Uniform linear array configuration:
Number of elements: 48
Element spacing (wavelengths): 0.5
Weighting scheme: binomial
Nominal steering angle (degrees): -60
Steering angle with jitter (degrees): -58.08
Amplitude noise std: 0.05
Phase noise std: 0.05

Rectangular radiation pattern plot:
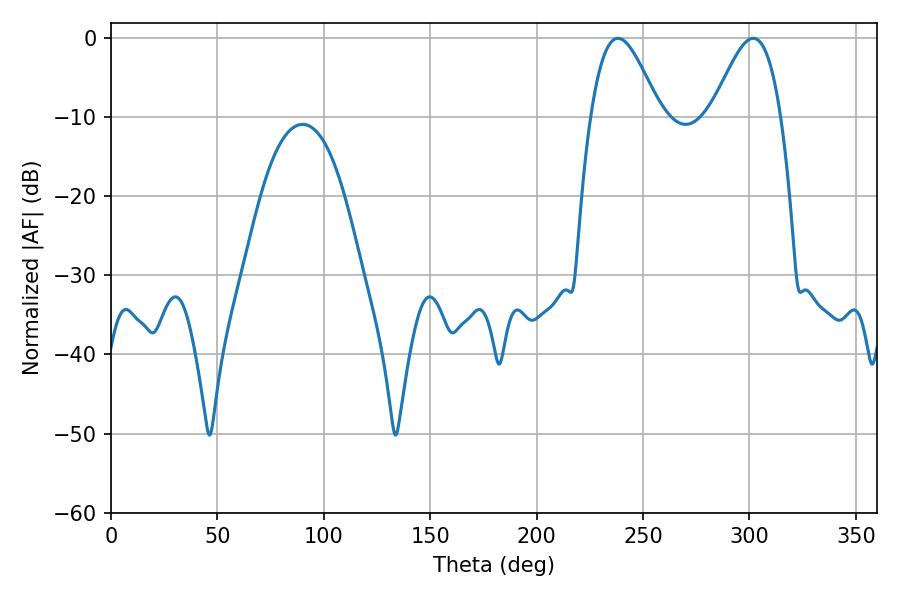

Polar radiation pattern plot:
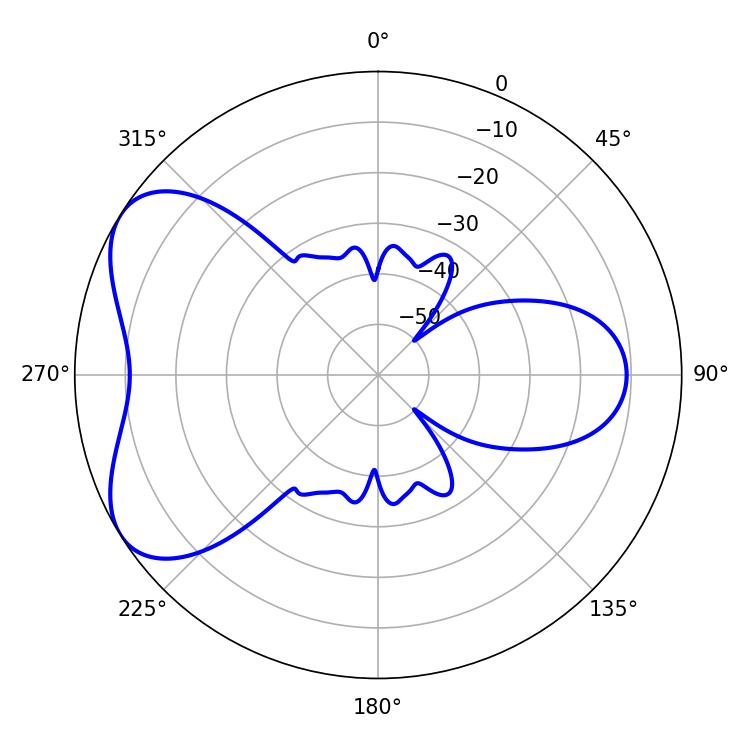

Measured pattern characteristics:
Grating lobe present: FALSE
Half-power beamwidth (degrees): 17.28
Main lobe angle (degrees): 238.14